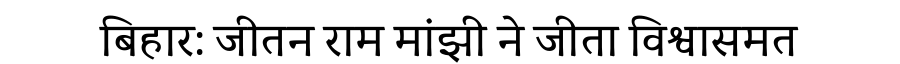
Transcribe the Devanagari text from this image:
बिहार: जीतन राम मांझी ने जीता विश्वासमत